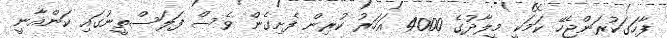
ފާހަގަކުރަންޖެހޭ ކަމަކީ މީލާދުގެ 4000 އަހަރު ކުރިން ފެށިގެން ވެސް ފަލަސްތީނުގައި ކަންއާނީ